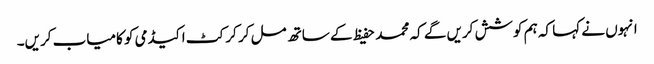
انہوں نے کہا کہ ہم کوشش کریں گے کہ محمد حفیظ کے ساتھ مل کر کرکٹ اکیڈمی کو کامیاب کریں۔